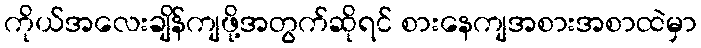
ကိုယ်အလေးချိန်ကျဖို့အတွက်ဆိုရင် စားနေကျအစားအစာထဲမှာ